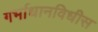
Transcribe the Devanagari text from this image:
गर्भाधानविधीस